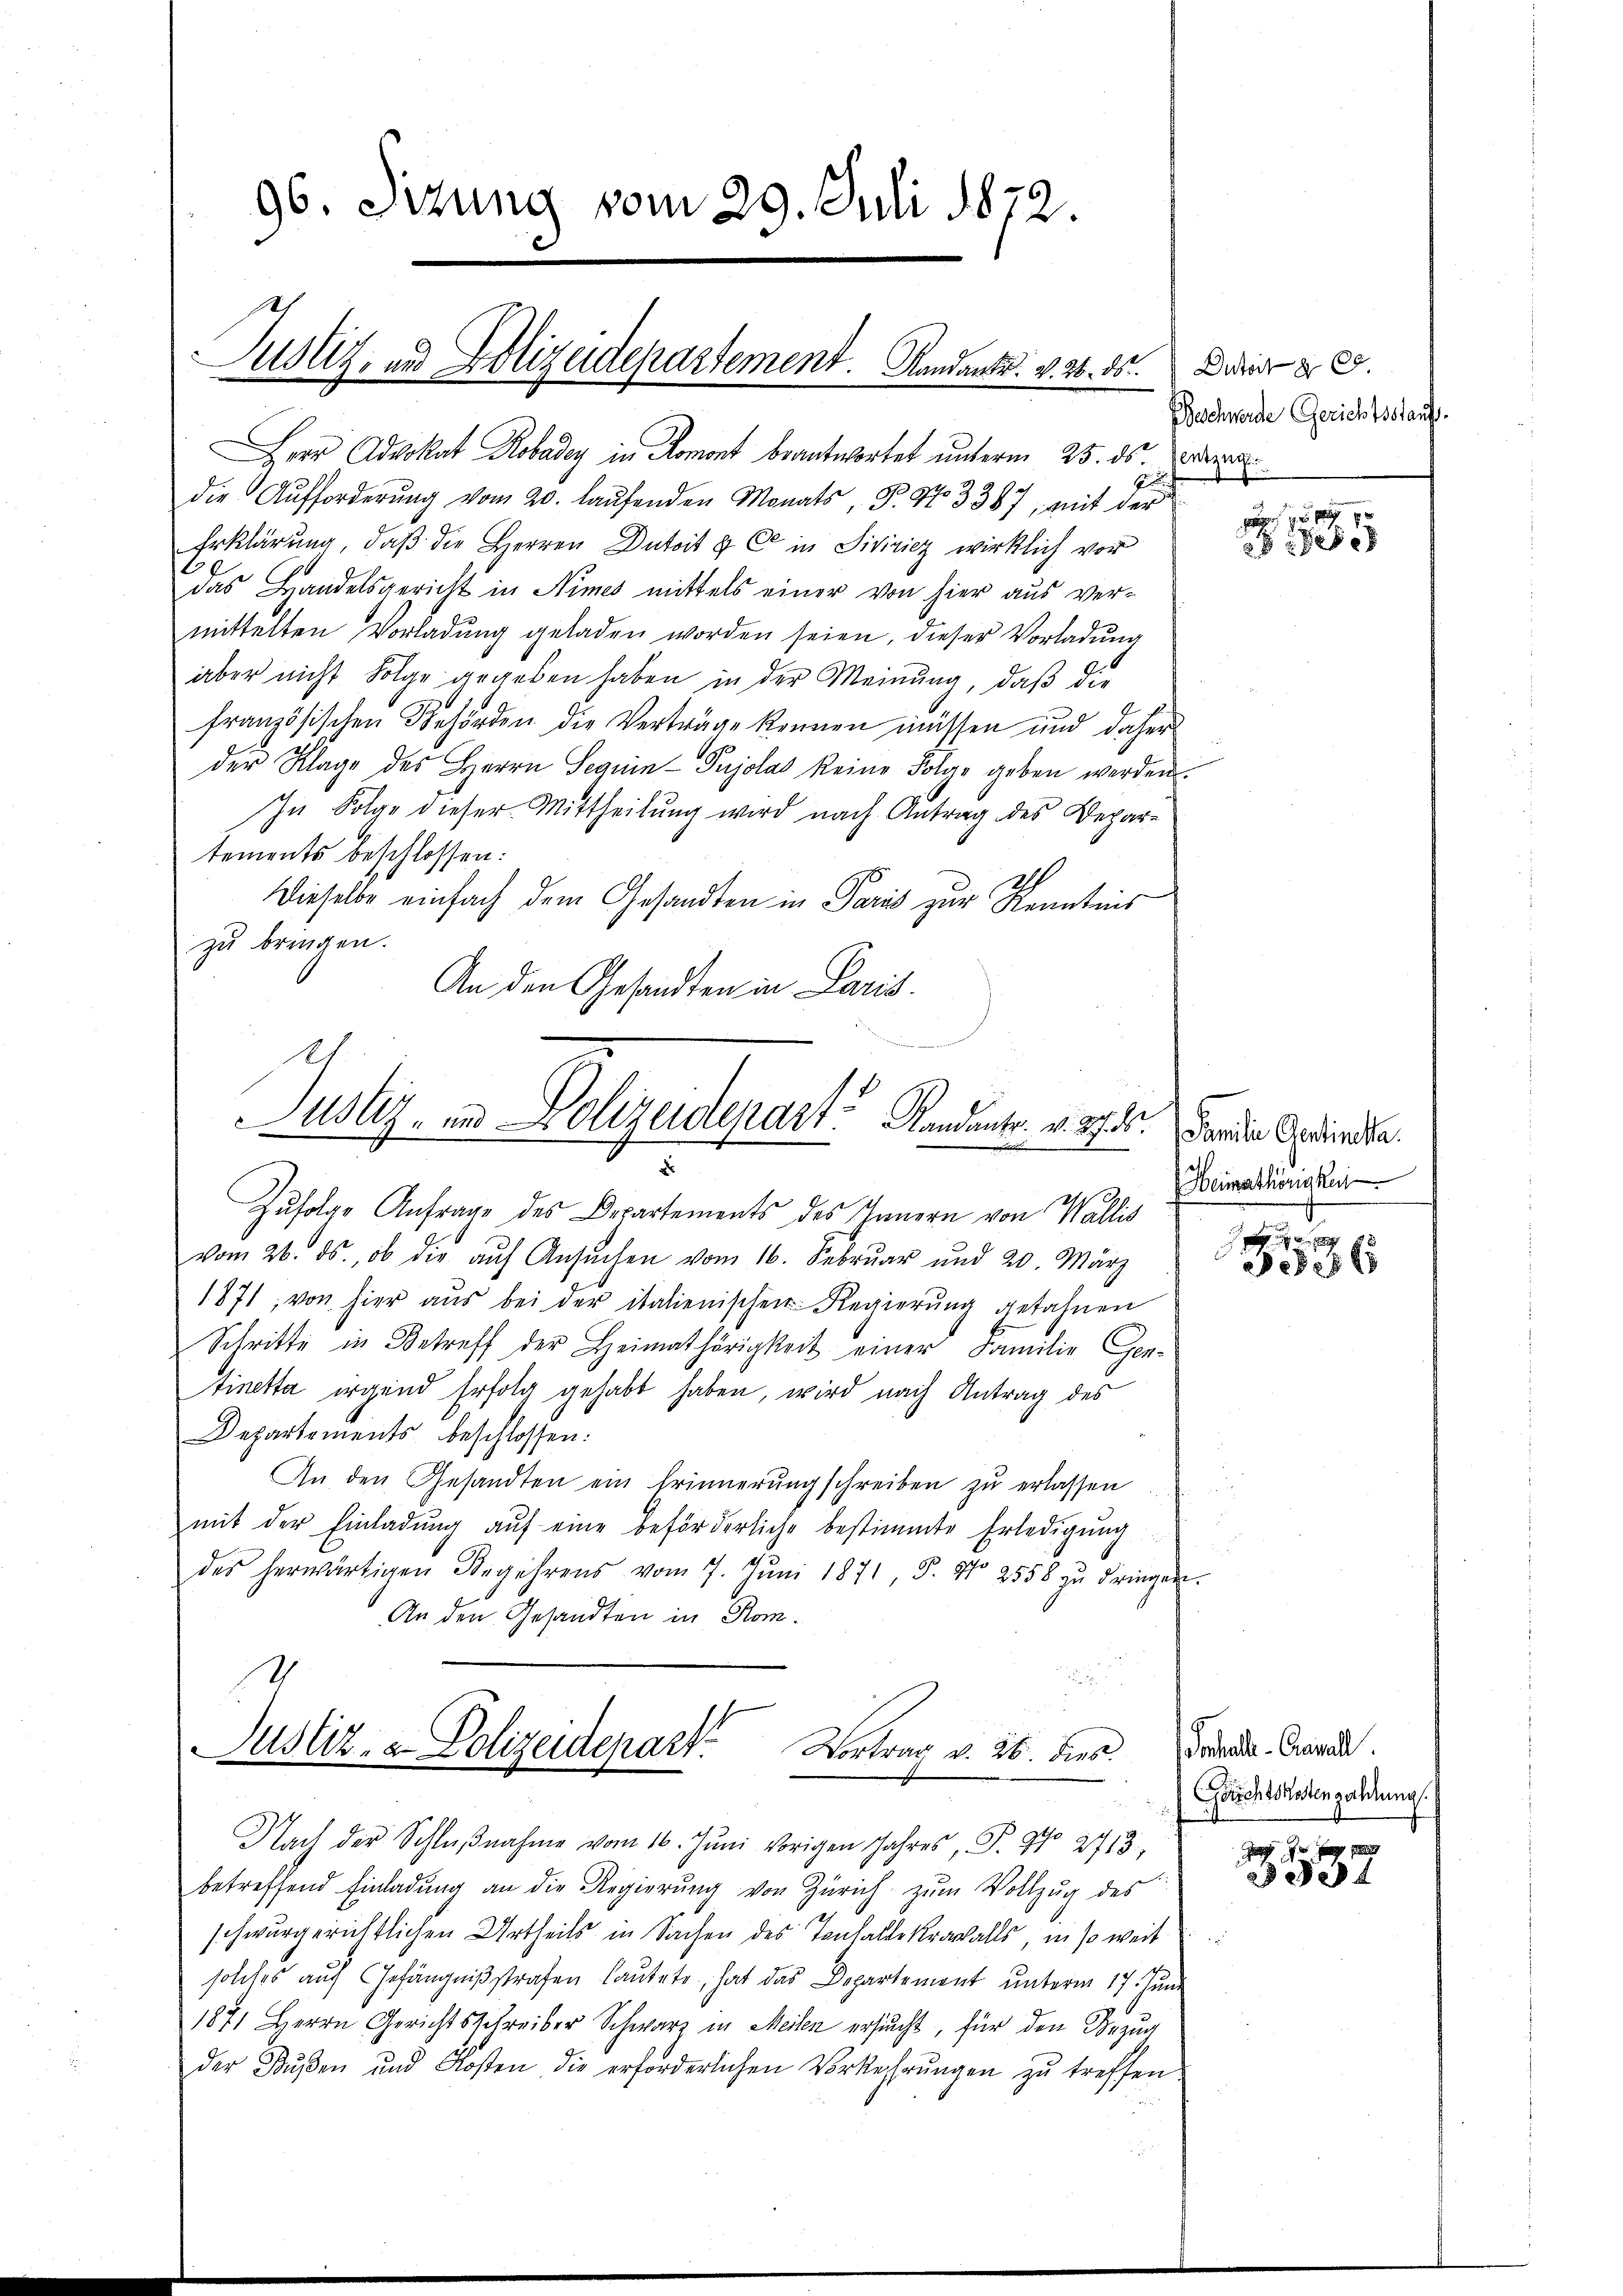
96. Sitzung vom 29. Juli 1872.

Justiz, und Polizeidepartement. Landants. v. 2. ds. Die G

Herr Advokat Robadey in Romont beantwortet unterm 25. ds. Der
die Aufforderung vom 20. laŭfenden Monats, P. Nr. 3387, mit der
Erklärung, daß die Herren Dutoit 8 C in Sivizicz wirklich vor
das Landelsgericht in Nimes mittels einer von hier aus ver-
mittelten Vorladŭng geladen worden seien, dieser Vorladŭng
aber nicht Folge ergeben haben in der Meinung, daß die
französischen Behörden die Verträge können müssen und daher
der Klage des Herrn Sequin-Pujolas keine Folge geben werden.
In Folge dieser Mittheilŭng wird nach Antrag des Depar-
tements beschlossen:
Dieselbe einfach dem Gesandten in Paris zur Kenntnis
zu bringen.
An den Gesandten in Paris.
Justiz- und Polizeidepart. Kandentr. v. 3. k. Forden Gewürde.
e
d
Zufolge Anfrage des Departements des Innern von Wallis
vom 26. ds., ob die aŭf Ansŭchen vom 16. Februar und 20. März
1871, von hier aus bei der italienischen Regierung gefahnen
Schritte in Betreff der Heimathörigkeit einer Familie Gentinetta irgend Erfolg gehabt haben, wird nach Antrag des
Departements beschlossen:
An den Gesandten ein Erinnerungschreiben zŭ erlassen
mit der Einladŭng aŭf eine beförderliche bestimmte Erledigŭng
des herwärtigen Begehrens vom 7. Jŭni 1871 P. No 2558 zŭ dringen.
An den Gesandten in Rom.

Justiz- & Polizeidepart. Vortrag v. 26. dies

Beschwerde Gerichtsstauf

Nach der Schlŭβnahme vom 16. Juni vorigen Jahres, P. No 2713
betreffend Einladŭng an die Regierŭng von Zürich zŭm Vollzŭg des
schwurgerichtlichen Urtheils in Sachen des Tonhaldekrawalls, in so weit
solches aŭf Gefängnißstrafen laŭtete, hat das Departement ŭnterm 17. Juni
1871 Herrn Gerichtsschreiber Schwarz in Meilen ersŭcht, für den Bezug
der Bŭβen und Kosten die erforderlichen Vorkehrŭngen zŭ treffen:

Heimathörigkei

3356

Sonhelle-Cavall
Gerichtskostenzahlung.

s
537